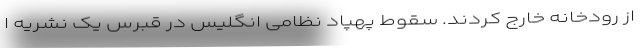
از رودخانه خارج کردند. سقوط پهپاد نظامی انگلیس در قبرس یک نشریه ا